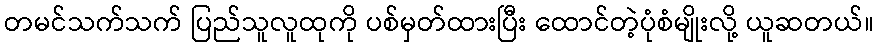
တမင်သက်သက် ပြည်သူလူထုကို ပစ်မှတ်ထားပြီး ထောင်တဲ့ပုံစံမျိုးလို့ ယူဆတယ်။